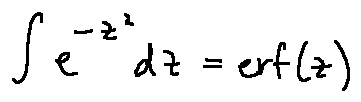
\int e ^ { - z ^ { 2 } } d z = e r f ( z )